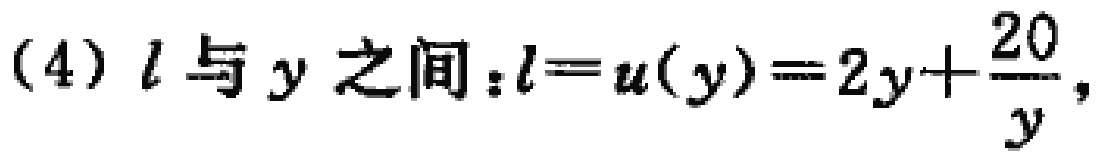
(4) \(l\)与\(y\)之间：\(l = u(y)=2y+\frac{20}{y}\)